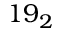
1 9 _ { 2 }